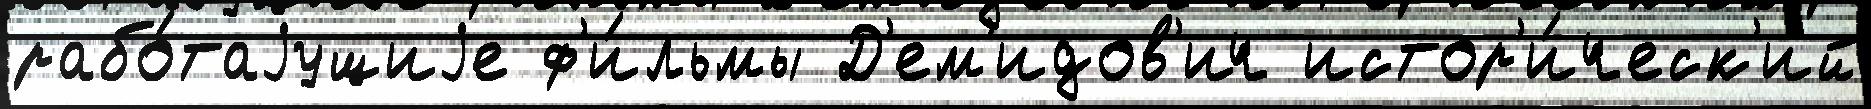
рабо́таjущиjе ф'и́льмы Д'ем'идов'ич истор'и́ческ'ий